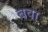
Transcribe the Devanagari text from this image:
बवा